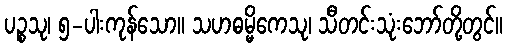
ပဉ္စသု၊ ၅-ပါးကုန်သော။ သဟဓမ္မိကေသု၊ သီတင်းသုံးဘော်တို့တွင်။